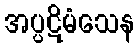
အပ္ပဋိမံသေန